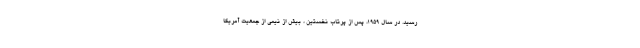
رسید. در سال 1959، پس از پرتاب نخستین ، بیش از نیمی از جمعیت آمریکا